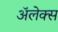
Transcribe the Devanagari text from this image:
अॅलेक्स